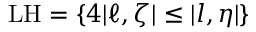
\mathrm { L } \mathrm { H } = \{ 4 | \ell , \zeta | \leq | l , \eta | \}